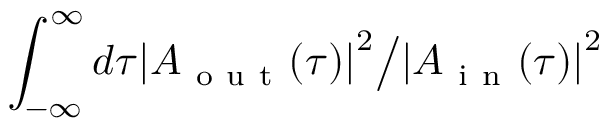
\int _ { - \infty } ^ { \infty } d \tau { \left| A _ { \mathrm { ~ o ~ u ~ t ~ } } ( \tau ) \right| } ^ { 2 } \big / { \left| A _ { \mathrm { ~ i ~ n ~ } } ( \tau ) \right| } ^ { 2 }